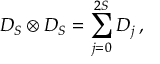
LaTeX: D _ { S } \otimes D _ { S } = \sum _ { j = 0 } ^ { 2 S } D _ { j } \, ,